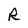
Character: R